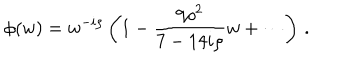
\phi ( w ) = w ^ { - i \rho } \left( 1 - { \frac { 9 \rho ^ { 2 } } { 7 - 1 4 i \rho } } w + \cdots \right) \, .